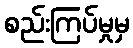
စည်းကြပ်မှုမှ